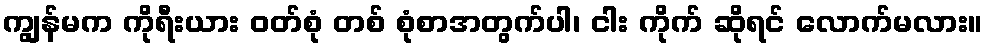
ကျွန်မက ကိုရီးယား ဝတ်စုံ တစ် စုံစာအတွက်ပါ၊ ငါး ကိုက် ဆိုရင် လောက်မလား။